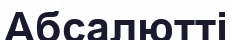
Абсалютті